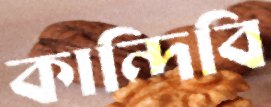
কান্দিবি